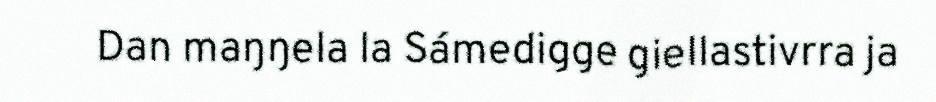
Dan maŋŋela la Sámedigge giellastivrra ja